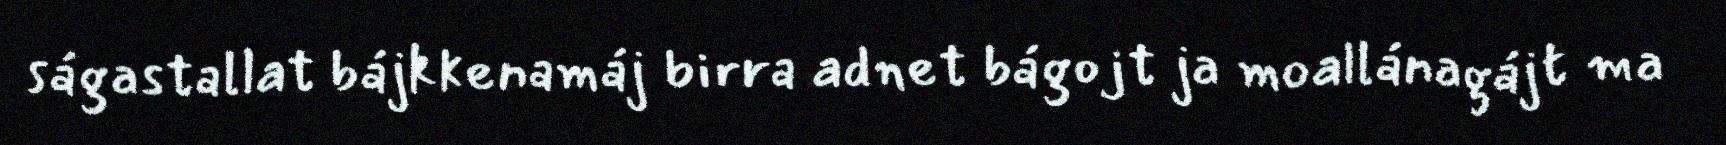
ságastallat bájkkenamáj birra adnet bágojt ja moallánagájt ma